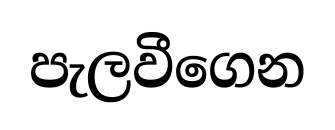
පැලවීගෙන